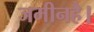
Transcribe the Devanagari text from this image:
जमीनहै।